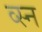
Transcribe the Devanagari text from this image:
व्स्न